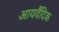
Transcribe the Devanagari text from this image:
आयर्वैदिक